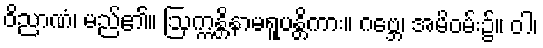
ဝိညာဏံ၊ မည်၏။ ဩက္ကန္တိနာမရူပန္တိကား။ ဂဗ္ဘေ၊ အမိဝမ်း၌။ ဝါ၊